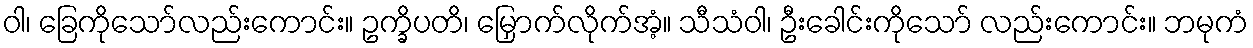
ဝါ၊ ခြေကိုသော်လည်းကောင်း။ ဥက္ခိပတိ၊ မြှောက်လိုက်အံ့။ သီသံဝါ၊ ဦးခေါင်းကိုသော် လည်းကောင်း။ ဘမုကံ